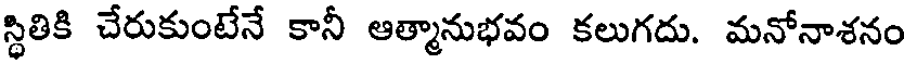
స్థితికి చేరుకుంటేనే కానీ ఆత్మానుభవం కలుగదు. మనోనాశనం